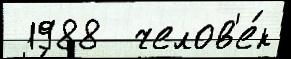
 1988  челов'е́к